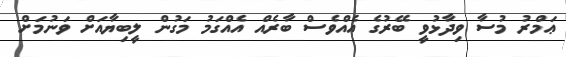
ޢަމްރު މުސާ ވިދާޅުވީ ބޭރުގެ އެއްވެސް ބާރެއް އެއްގަމު މަގުން ލީބިޔާއަށް ވަނުމަށް